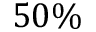
5 0 \%